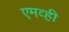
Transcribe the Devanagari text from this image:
एमव्ही